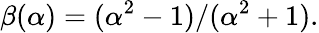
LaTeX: \beta(\alpha)=(\alpha^{2}-1)/(\alpha^{2}+1).